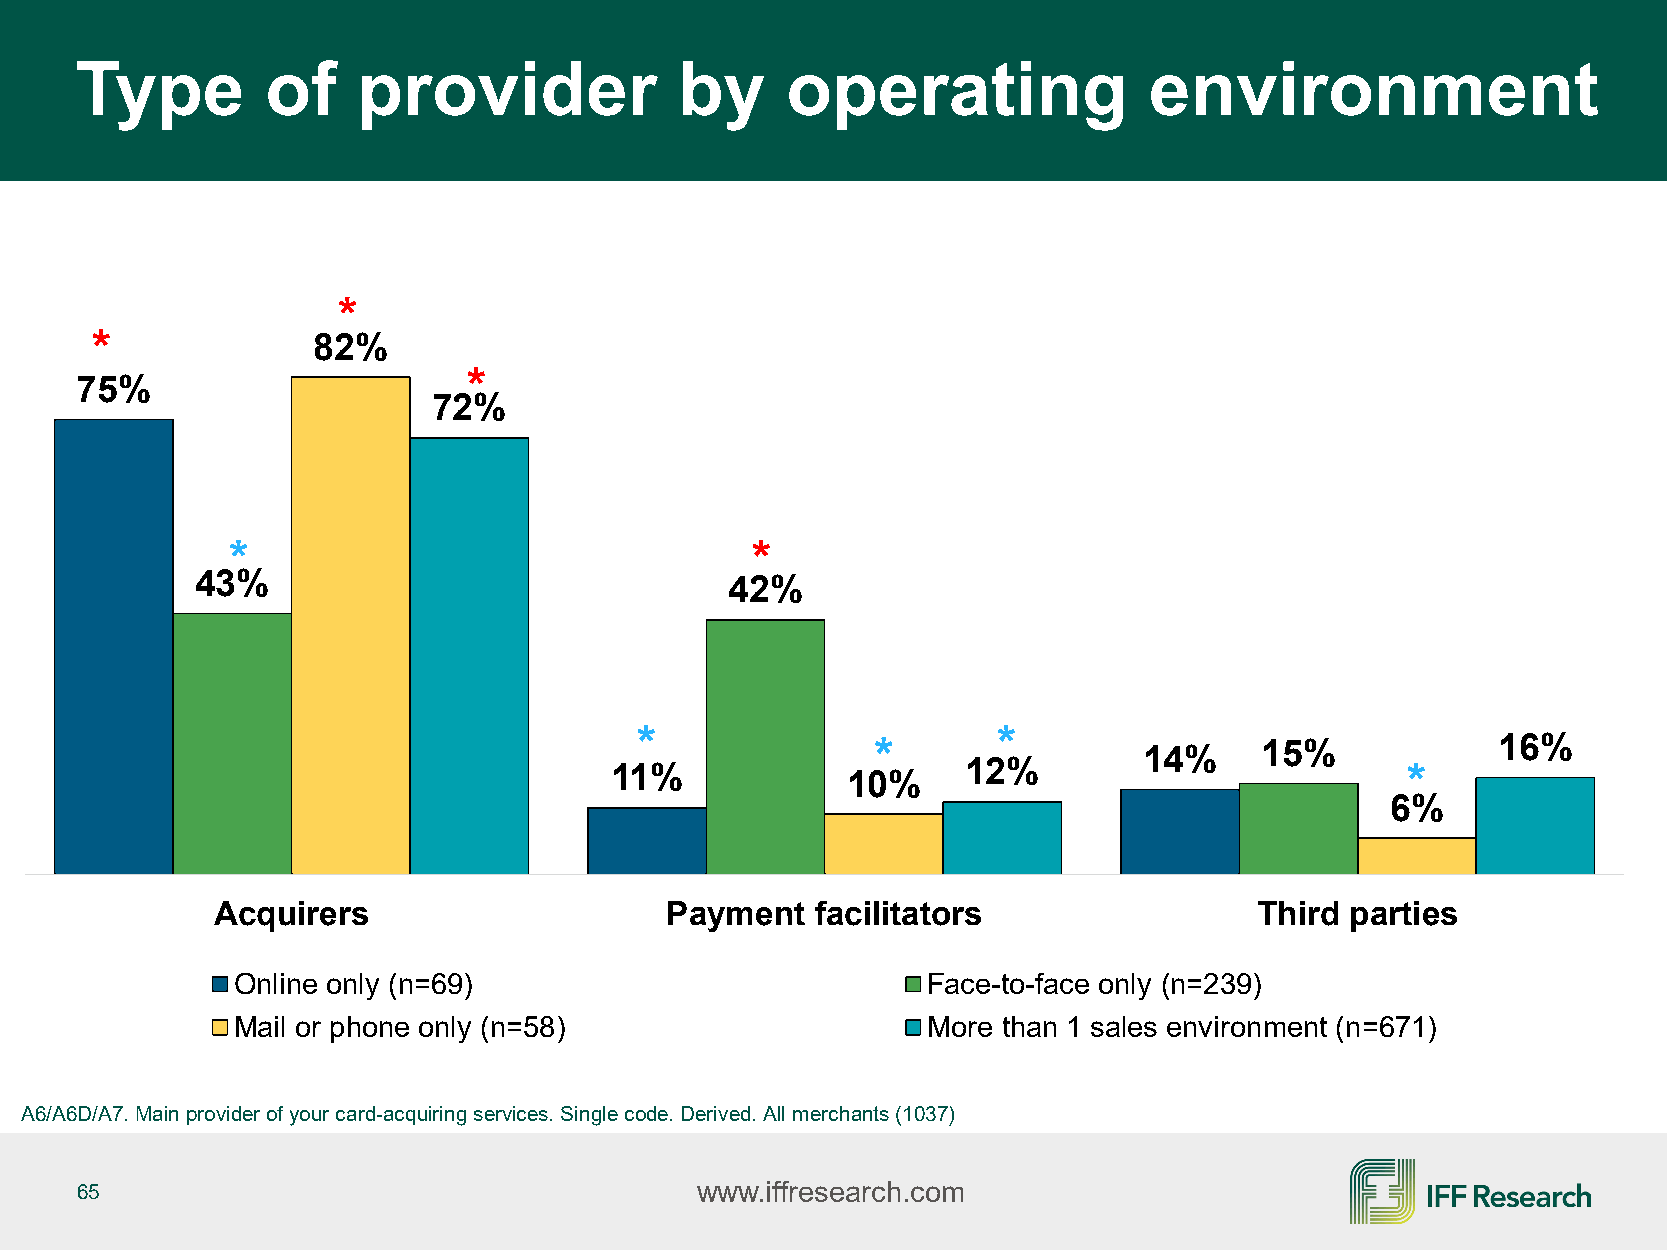
Type         of    provider             by     operating               environment
 *
 *              82%
 *
 75%
 72%
 *                                  *
 43%                                42%
 *                       *
 *                 14%    15%             16%
 11%             10%     12%                          *
 6%
 Acquirers                     Payment   facilitators                 Third parties
 Online only (n=69)                            Face-to-face only (n=239)
 Mail or phone only (n=58)                     More than 1 sales environment (n=671)
 A6/A6D/A7. Main provider of your card-acquiring services. Single code. Derived. All merchants (1037)
 65                                       www.iffresearch.com